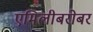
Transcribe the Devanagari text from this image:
एमिलीबरोबर